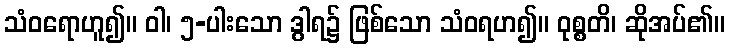
သံဝရောဟူ၍။ ဝါ၊ ၅-ပါးသော ဒွါရ၌ ဖြစ်သော သံဝရဟ၍။ ဝုစ္စတိ၊ ဆိုအပ်၏။